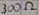
Text: 300Ω